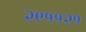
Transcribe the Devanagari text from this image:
२९११२१